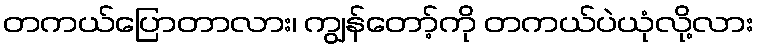
တကယ်ပြောတာလား၊ ကျွန်တော့်ကို တကယ်ပဲယုံလို့လား